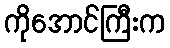
ကိုအောင်ကြီးက